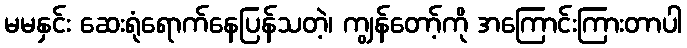
မမနှင်း ဆေးရုံရောက်နေပြန်သတဲ့၊ ကျွန်တော့်ကို အကြောင်းကြားတာပါ